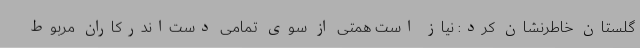
گلستان خاطرنشان کرد: نیاز است همتی از سوی تمامی دست‌اندرکاران مربوط